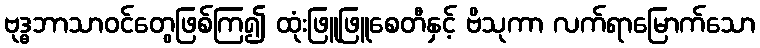
ဗုဒ္ဓဘာသာဝင်တွေဖြစ်ကြ၍ ထုံးဖြူဖြူစေတီနှင့် ဗိသုကာ လက်ရာမြောက်သော